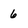
Character: 6